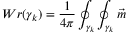
W r ( \gamma _ { k } ) = \frac 1 { 4 \pi } \oint _ { \gamma _ { k } } \oint _ { \gamma _ { k } } \vec { m }